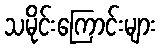
သမိုင်းကြောင်းများ